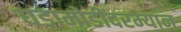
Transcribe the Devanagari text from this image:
घडामोडींदरम्यान